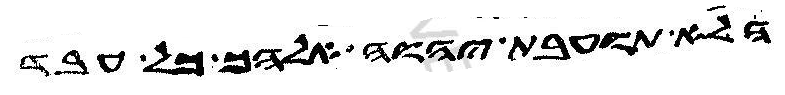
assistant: הלא תועבת יהוה אלהך כל עבד